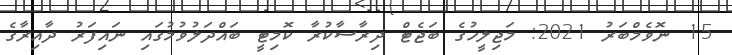
15 ނޮވެމްބަރު 2021: މަޖިލީހުގެ ބަޖެޓް ދިރާސާކުރާ ކޮމިޓީ ބައްދަލުވުމުގައި ނައިފަރު ދާއިރާގެ